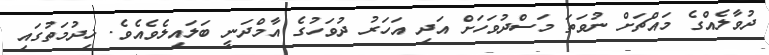
ދުވާލެއްގެ މައްޗަށް ނުވަތަ މަސްދުވަހަށް އަދި އަހަރު ދުވަހުގެ އާމްދަނީ ބަލައިލެވެއެވެ. ޚިދުމަތުގައި